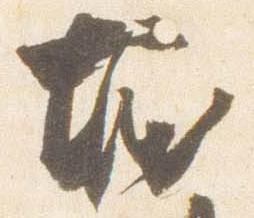
堀